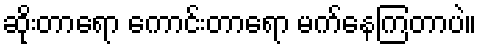
ဆိုးတာရော ကောင်းတာရော မက်နေကြတာပဲ။